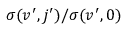
\sigma ( v ^ { \prime } , j ^ { \prime } ) / \sigma ( v ^ { \prime } , 0 )